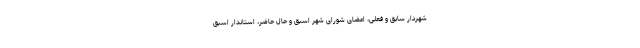
شهردار سابق و فعلی، اعضای شورای شهر اسبق و حال حاضر، استاندار اسبق